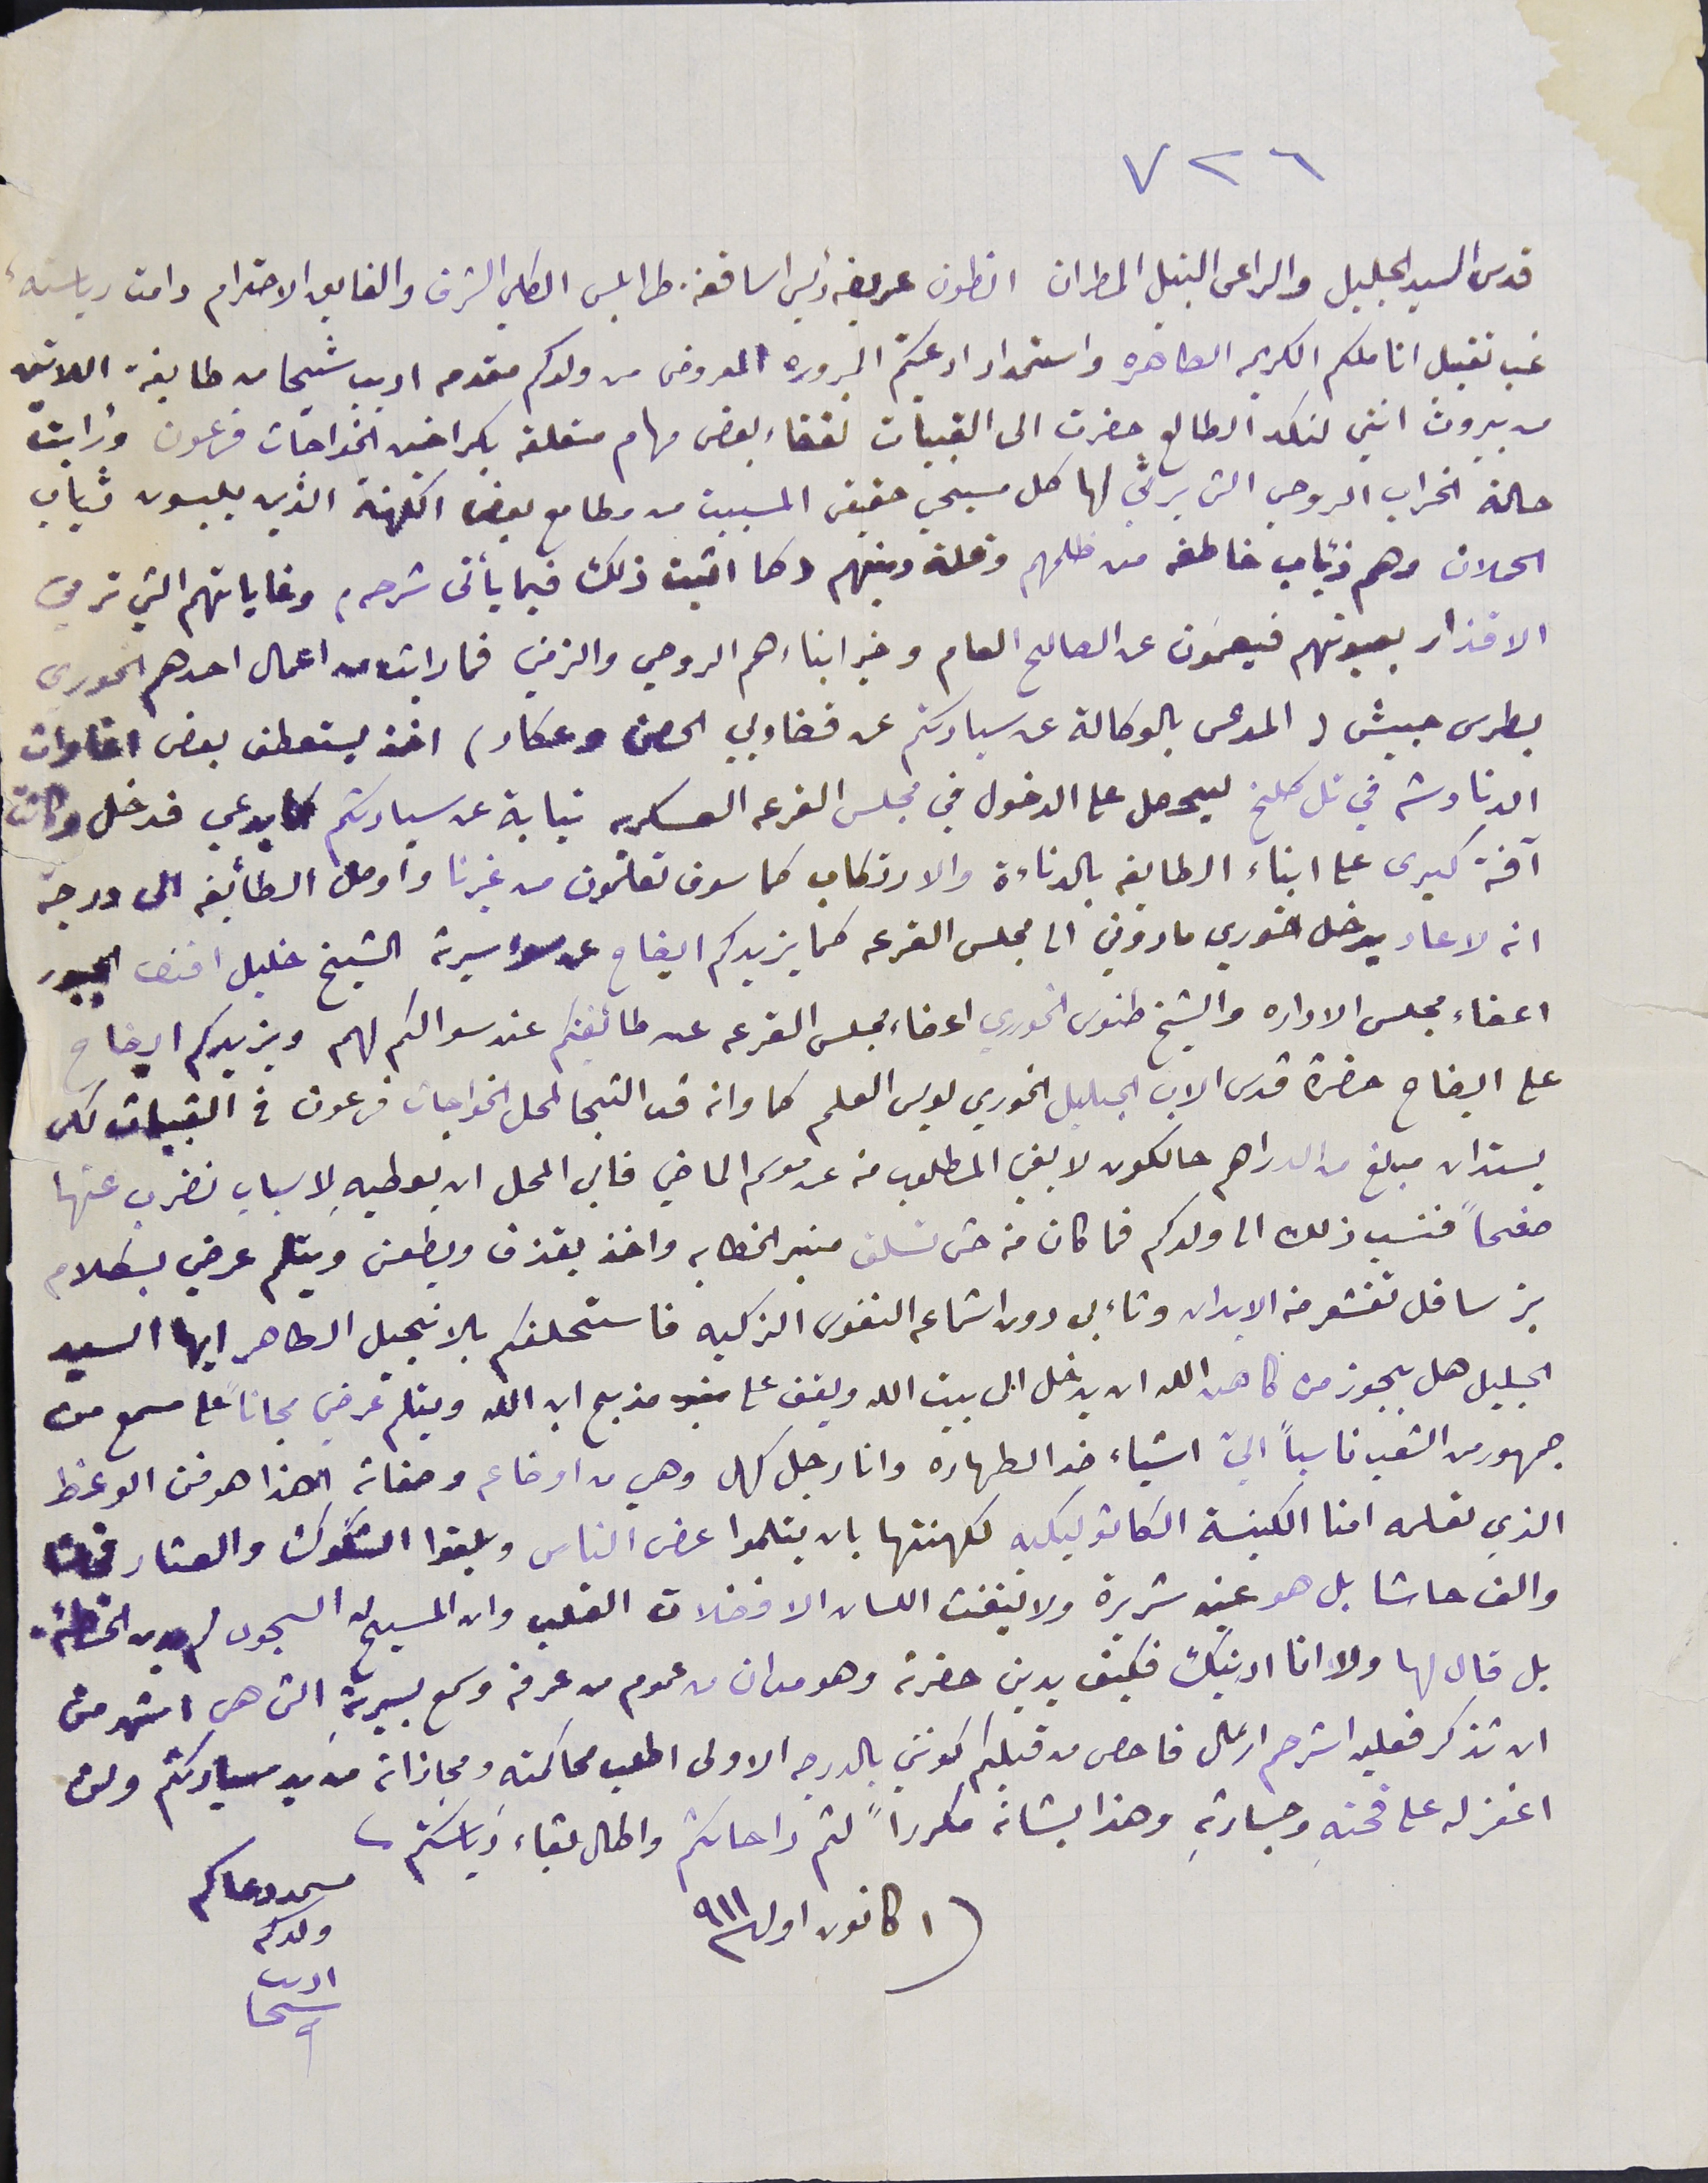
٧٢٦
قدس السيد الجليل والراعى النبيل المطران انطون عريضه رئيس اساقفة طرابلس الكلي الشرف والفايق الاحترام دامت رباسته،
غب تقبل اناملكم الكريم الطاهره واستمداد ادعيتكم المبروره المعروض من ولدكم مقدم اديب شيحا من طايفة اللاتين
من بيروت انني لنكد الطالع حضرت الى القبيات لقضاء بعض مهام متعلقه بكراخين الخواجات فرعون وارايت
حالة الخراب الروحي التى يرثى لها كل مسيحي حقيقى المسببت من مطامع بعض الكهنة الذين يلبسون ثياب
الحملان وهم ذئاب خاطفه من ظلمهم وقلة دينهم وكما اثبت ذلك فيما يأتى شرحه، وغاياتهم التي ترمي
الاقذار بعيونهم فيعمون عن الصالح العام وخير ابناءهم الروحي والزمني فما رايت من اعمال احدهم الخورى
بطرس حبيش (المدعى بالوكالة عن سيادتكم عن قضاويي الحصن وعكار) اخذ يستعطف بعض اغاوات
الدنادشه في تل كلخ ليحصل على الدخول في مجلس الفرعه العسكريه نيابة عن سيادتكم كما يدعي فدخل وكانت
آفة كبرى على ابناء الطايفه بالدناءة والارتكاب كما سوف تعلمون من غيرنا وأوصل الطائفه الى درجة
انه لاعاد يدخل خوري ماروني الى مجلس القرعه كما يزيدكم ايضاح عن سوء سيرته الشيخ خليل افندى الجبور
اعضاء مجلس الاداره والشيخ طنوس الخوري اعضاء مجلس القرعه عن طائفتكم عند سوالكم لهم ويزيدكم ايضاح
على ايضاح حضرة قدس الاب الجليل الخوري لويس العلم كما وانه قد التجا لمحل الخواجات فرعون فى القبيات لكى
يستدان مبلغ من الدراهم حالكون لا يفي بالمطلوب من عند موسم الماضي فابى المحل ان يعطيهِ لاسباب نضرب عنها
صفحاً فنسب ذلك الى ولدكم فما كان منه حتى تسلق منبر الخطابه واخذ يقذف ويطعن ويتلم عرضي بكلام
بز ساقل تقشعر منه الابدان وتاءبى دون استماعه النفوس الزكيه فاستحلفكم بلانجيل الطاهر ايها السيد
الجليل هل يجوز من كاهن الله ان يدخل الى بيت الله ويقف على مذبح ابن الله ويتلم عرضي مجاناً على مسمع من
جمهور من الشعب ناسباً اليّ اشياء ضد الطهاره وانا رجل كهل وهي من اوضاعه وصفاته أهذا هو فن الوعظ
 الذي تعلمه امنا الكنيسة الكاثوليكيه لكهنتها بان يتلموا عرض الناس وبلغوا الشكوك والعتار فحاشا
والف حاشا بل هو عين شريرة ولا ينفث اللسان الا فضلات القلب وان المسيح له السجود لم يدن الخطئه،
بل قال لها ولا انا ادينك فكيف يدين حضرته وهو مدان من عموم من عرفة وسمع بسيرتة التى هى اشهر من
ان تذكر فعليه استرحم ارسَال فاحص من قبلكم كونني بالدرجه الاولى اطلب محاكمتةِ ومجازته من يد سيادتكم ولن
اغفر له على قحتهِ وجسارتهِ وهذا بشانه مكرراً لثم راحاتكم واطال بقاءَ رياسَتكم
١ كانون اول ٩١١                      مسىمد دعاكم ولدكم ادىب سىحا